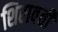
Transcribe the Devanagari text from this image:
शिरावती